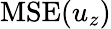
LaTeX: \mathrm{MSE}(u_{z})